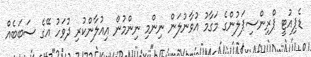
ޑެޕިއުޓީ ޕްރިންސިޕަލުންގެ މަގާމު އުވާނުލަން ނިންމި ނިންމުން އިއުލާންކުރި ދުވަހު އޭގެ ސަބަބެއް